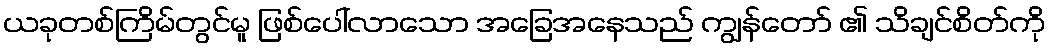
ယခုတစ်ကြိမ်တွင်မူ ဖြစ်ပေါ်လာသော အခြေအနေသည် ကျွန်တော် ၏ သိချင်စိတ်ကို